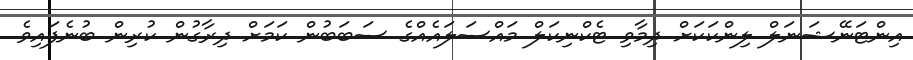
އިންޓަނޭޝަނަލް ލިންކަކަށް ދިމާވި ޓެކްނިކަލް މައްސަލައެއްގެ ސަބަބުން ކަމަށް ދިރާގުން ކުރިން ބުނެފައިވެ